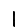
Digit: 1